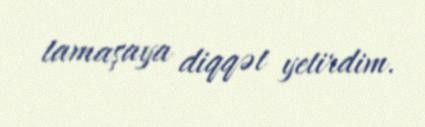
tamaşaya diqqət yetirdim.